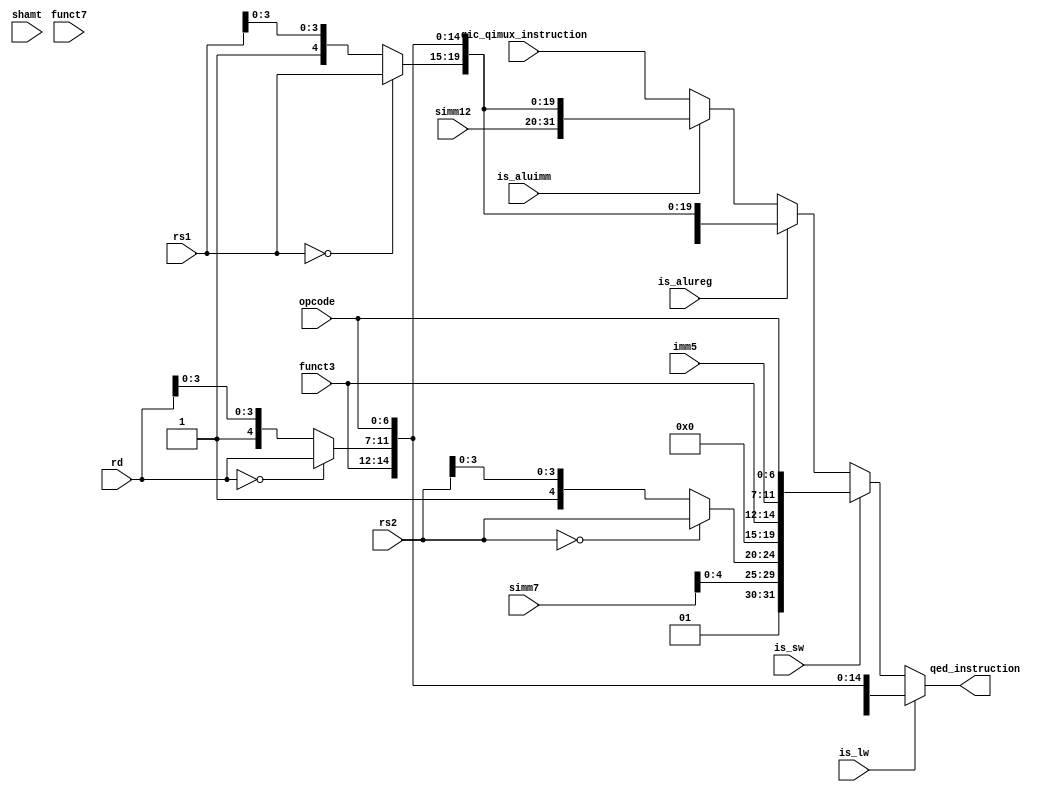
// use along with input constraints to the formal tool

module modify_instruction (qic_qimux_instruction,
                           is_lw,
                           is_sw,
                           is_aluimm,
			                     is_alureg,
                           rd,
                           rs1,
                           rs2,
                           simm12,
			                     opcode,
			                     funct3,
			                     funct7,
			                     imm5,
			                     shamt,
                           simm7,
                           qed_instruction);

   input [31:0] qic_qimux_instruction;
   wire [31:0]  instruction;
   assign instruction = qic_qimux_instruction;

   input [4:0] 	rd;
   input [4:0]  rs1;
   input [4:0]  rs2;
   input [6:0]  opcode;
   input [11:0] simm12;  // signed imm for I type or instructions using rd, rs1 only like LW
   input [2:0] 	funct3;
   input [6:0] 	funct7;
   input [4:0] 	imm5;  // lower order imm bits for S type instruction
   input [6:0] 	simm7; // higher order bits (including sign bits) of imm operand for S type instruction
   input [4:0] 	shamt; // shift amount for immediate shift operations

   input 	is_lw;
   input 	is_sw;
   input 	is_aluimm;
   input 	is_alureg; // includes mult instructions

   output [31:0] qed_instruction;

   wire [31:0]   ins_lw;
   wire [31:0]   ins_sw;
   wire [31:0]   ins_alureg;
   wire [31:0]   ins_aluimm;

   wire [4:0]    new_rd;
   wire [4:0]    new_rs1;
   wire [4:0]    new_rs2;
   wire [11:0]   new_simm12;
   wire [6:0] 	 new_simm7;

   assign new_rd  = (rd  == 5'b00000) ? rd  : {1'b1, rd[3:0]};
   assign new_rs1 = (rs1 == 5'b00000) ? rs1 : {1'b1, rs1[3:0]};
   assign new_rs2 = (rs2 == 5'b00000) ? rs2 : {1'b1, rs2[3:0]};
   assign new_simm12 = {2'b01, simm12[9:0]};
   assign new_simm7 = {2'b01, simm7[4:0]};  // signed bit is always zero for lw,sw instructions


   assign ins_lw    = {new_simm12, 5'b0, funct3, new_rd, opcode};
   assign ins_sw    = {new_simm7, new_rs2, 5'b0, funct3, imm5, opcode};
   assign ins_aluimm = {simm12, new_rs1, funct3, new_rd, opcode};
   assign ins_alureg = {funct7, new_rs2, new_rs1, funct3, new_rd, opcode};


   assign qed_instruction = is_lw ? ins_lw : (is_sw ? ins_sw : (is_alureg ? ins_alureg :
								(is_aluimm ? ins_aluimm : instruction)));


endmodule // modify_instruction